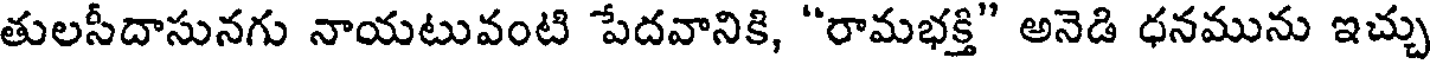
తులసీదాసునగు నాయటువంటి పేదవానికి, "రామభక్తి" అనెడి ధనమును ఇచ్చు